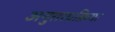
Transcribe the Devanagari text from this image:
अनुत्तरप्रक्रिया